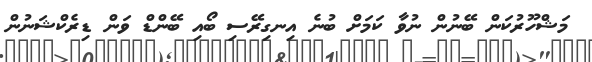
މަޝްހޫރުކަން ބޭނުން ނުވާ ކަމަށް ބުނެ އިނގިރޭސި ބޯއި ބޭންޑް ވަން ޑިރެކްޝަނުން